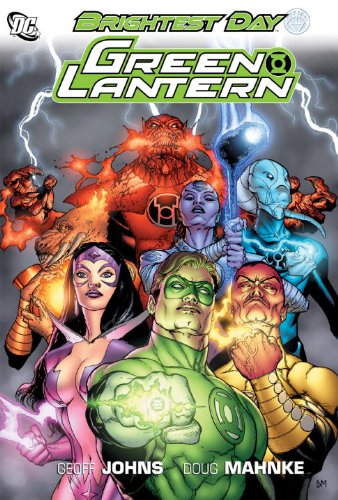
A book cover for Green Lantern: Brightest Day; Geoff Johns; Comics & Graphic Novels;